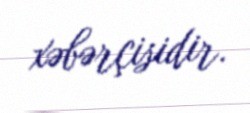
xəbərçisidir.